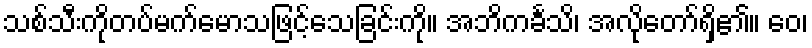
သစ်သီးကိုတပ်မက်မောသဖြင့်သေခြင်းကို။ အဘိကင်္ခသိ၊ အလိုတော်ရှိ၏။ ဝေ၊